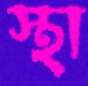
স্থা